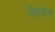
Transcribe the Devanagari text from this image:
विश्ल्‍ोषण